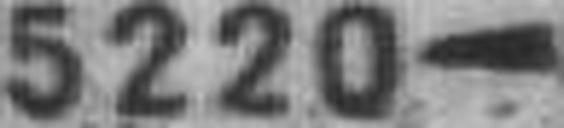
5220—